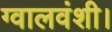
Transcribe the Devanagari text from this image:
ग्वालवंशी।